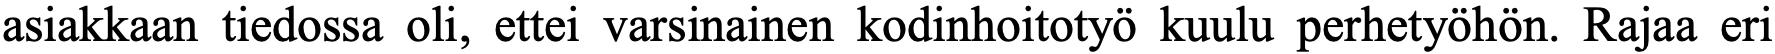
asiakkaan tiedossa oli, ettei varsinainen kodinhoitotyö kuulu perhetyöhön. Rajaa eri